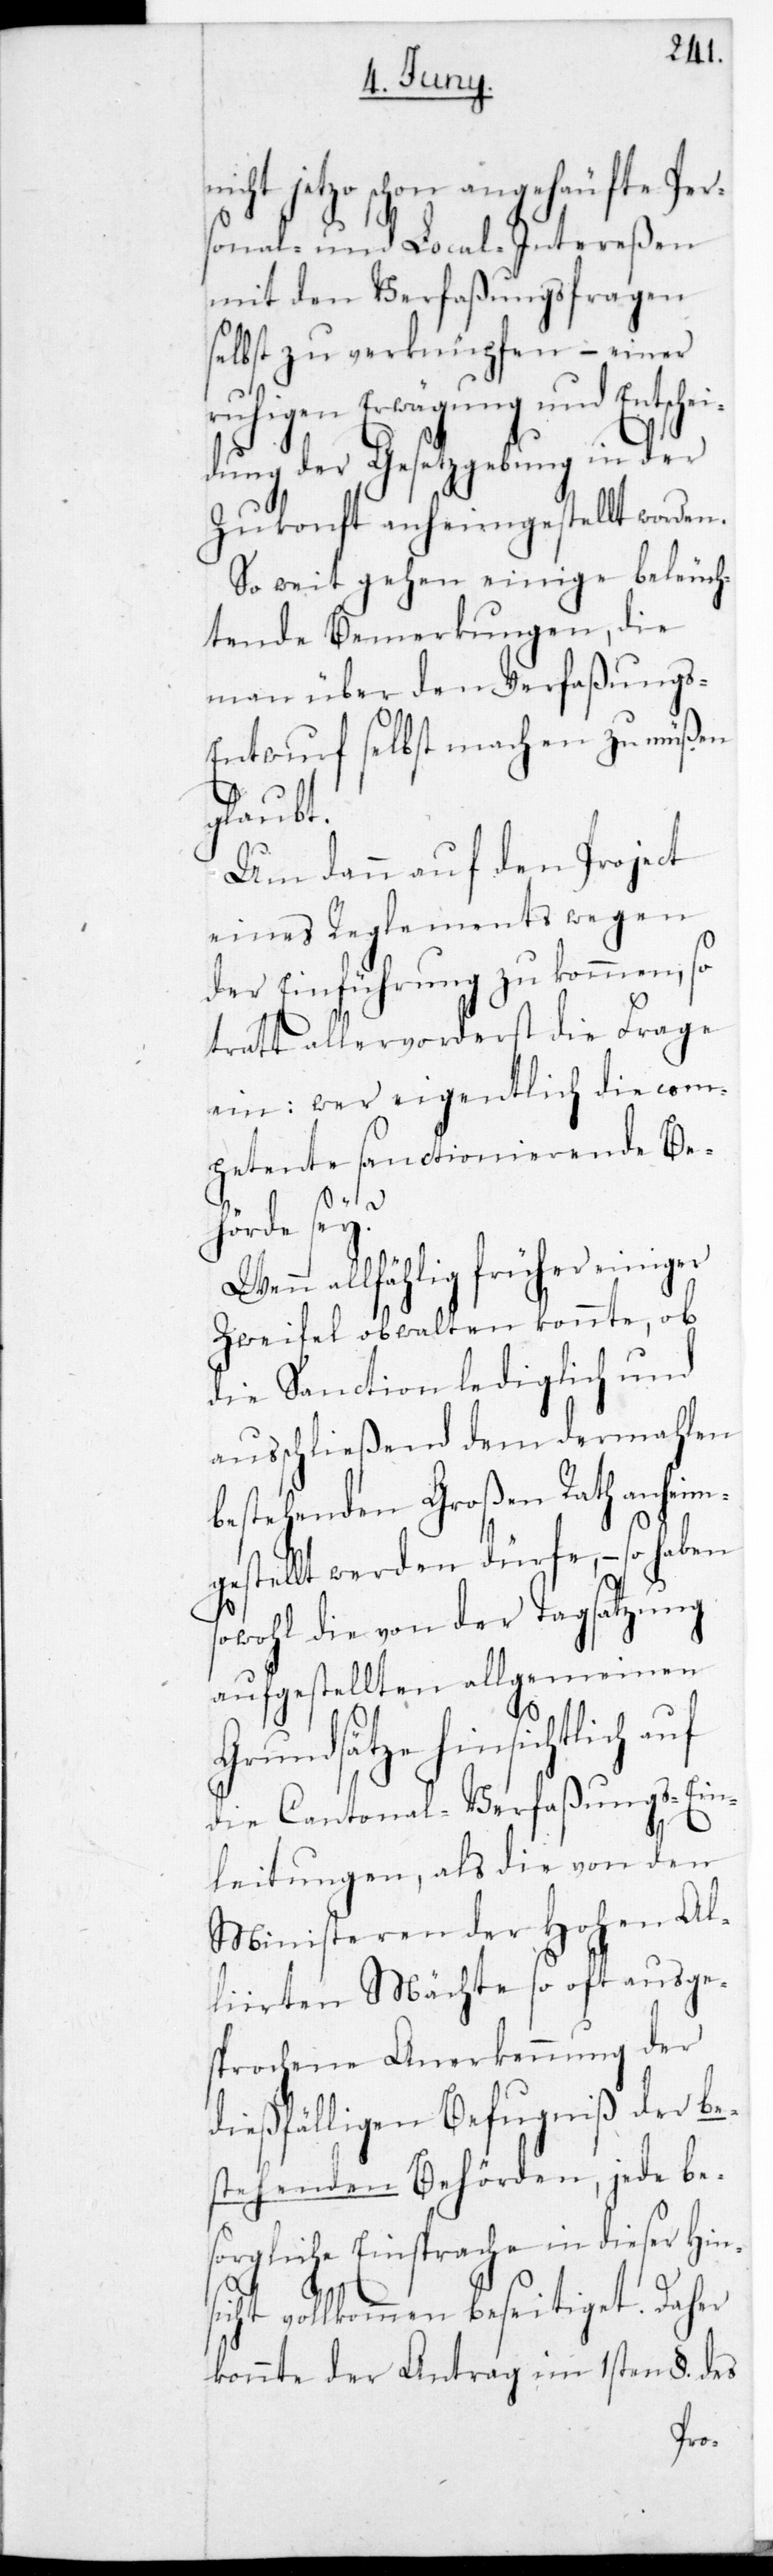
nicht jetzo schon angehä¬
sonal- und Local-Intereßen
mit den Verfaßungsfragen
selbst zu verknüpfen, – ein¬
ruhigen Erwägung und Entsch¬
dung der Gesetzgebung in der
Zukonft anheimgestellt worden.
So weit gehen einige beleuch¬
tende Bemerkungen, die
man über den Verfaßung¬
s-Entwurf selbst machen zu müßen
glaubt.
Um dann auf den Project
eines Reglements wegen
der Einführung zu kommen, so
trath allervorderst die Frage
ein: Wer eigentlich die com¬
petente sanctionierende B¬
er
ehörde sei?
glich
Wenn allfählig früh¬
Zweifel obwalten konnte, ob
die Sanction ledi¬
ausschließend dem dermahlen
bestehenden Großen Rath anheim¬
haben
gestellt werden dürfe,
sowohl die von der Tagsatzung
aufgestellten allgemeinen
Grundsätze hinsichtlich auf
die Cantonal-Verfaßungs-Ein¬
leitungen, als die von den
Ministeren der Hohen Al¬
liirten Mächte so oft ausge¬
sprochene Anerkennung der
dießfälligen Befugniß der be¬
stehenden Behörden, jede bes¬
orgliche Einsprache in dieser Hi¬
sicht vollkommen beseitiget. Daher
konnte der Antrag im ersten §. des
Per¬

n¬